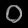
Digit: ၀